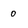
Character: 0